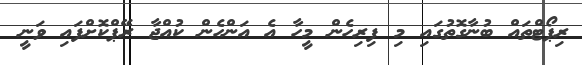
ރިޕޯޓްތައް ބުނާގޮތުގައި މި ފިިރިހެން މީހާ އެ އަންހެން ކުއްޖާ ރޭޕްކޮށްފައި ވަނީ